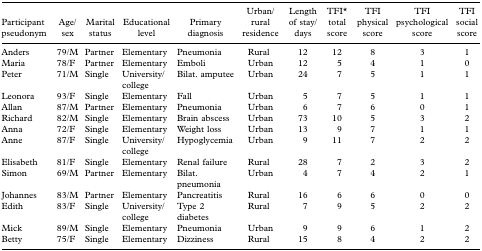
<table><thead><tr><td><b>Participant pseudonym</b></td><td><b>Age/sex</b></td><td><b>Marital status</b></td><td><b>Educational level</b></td><td><b>Primary diagnosis</b></td><td><b>Urban/rural residence</b></td><td><b>Length of stay/days</b></td><td><b>TFI* total score</b></td><td><b>TFI physical score</b></td><td><b>TFI psychological score</b></td><td><b>TFI social score</b></td></tr></thead><tbody><tr><td>Anders</td><td>79/M</td><td>Partner</td><td>Elementary</td><td>Pneumonia</td><td>Rural</td><td>12</td><td>12</td><td>8</td><td>3</td><td>1</td></tr><tr><td>Maria</td><td>78/F</td><td>Partner</td><td>Elementary</td><td>Emboli</td><td>Urban</td><td>12</td><td>5</td><td>4</td><td>1</td><td>0</td></tr><tr><td>Peter</td><td>71/M</td><td>Single</td><td>University/college</td><td>Bilat. amputee</td><td>Urban</td><td>24</td><td>7</td><td>5</td><td>1</td><td>1</td></tr><tr><td>Leonora</td><td>93/F</td><td>Single</td><td>Elementary</td><td>Fall</td><td>Urban</td><td>5</td><td>7</td><td>5</td><td>1</td><td>1</td></tr><tr><td>Allan</td><td>87/M</td><td>Partner</td><td>Elementary</td><td>Pneumonia</td><td>Urban</td><td>6</td><td>7</td><td>6</td><td>0</td><td>1</td></tr><tr><td>Richard</td><td>82/M</td><td>Single</td><td>Elementary</td><td>Brain abscess</td><td>Urban</td><td>73</td><td>10</td><td>5</td><td>3</td><td>2</td></tr><tr><td>Anna</td><td>72/F</td><td>Single</td><td>Elementary</td><td>Weight loss</td><td>Urban</td><td>13</td><td>9</td><td>7</td><td>1</td><td>1</td></tr><tr><td>Anne</td><td>87/F</td><td>Single</td><td>University/college</td><td>Hypoglycemia</td><td>Urban</td><td>9</td><td>11</td><td>7</td><td>2</td><td>2</td></tr><tr><td>Elisabeth</td><td>81/F</td><td>Single</td><td>Elementary</td><td>Renal failure</td><td>Rural</td><td>28</td><td>7</td><td>2</td><td>3</td><td>2</td></tr><tr><td>Simon</td><td>69/M</td><td>Partner</td><td>Elementary</td><td>Bilat. pneumonia</td><td>Urban</td><td>4</td><td>7</td><td>4</td><td>2</td><td>1</td></tr><tr><td>Johannes</td><td>83/M</td><td>Partner</td><td>Elementary</td><td>Pancreatitis</td><td>Rural</td><td>16</td><td>6</td><td>6</td><td>0</td><td>0</td></tr><tr><td>Edith</td><td>83/F</td><td>Single</td><td>University/college</td><td>Type 2 diabetes</td><td>Rural</td><td>7</td><td>9</td><td>5</td><td>2</td><td>2</td></tr><tr><td>Mick</td><td>89/M</td><td>Single</td><td>Elementary</td><td>Pneumonia</td><td>Urban</td><td>9</td><td>9</td><td>6</td><td>1</td><td>2</td></tr><tr><td>Betty</td><td>75/F</td><td>Single</td><td>Elementary</td><td>Dizziness</td><td>Rural</td><td>15</td><td>8</td><td>4</td><td>2</td><td>2</td></tr></tbody></table>